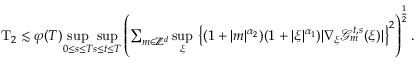
\begin{array} { r } { \mathrm { T } _ { 2 } \lesssim \varphi ( T ) \underset { 0 \leq s \leq T } { \operatorname* { s u p } } \underset { s \leq t \leq T } { \operatorname* { s u p } } \left( \sum _ { m \in \mathbb Z ^ { d } } \underset { \xi } { \operatorname* { s u p } } \, \left\lbrace ( 1 + \vert m \vert ^ { \alpha _ { 2 } } ) ( 1 + \vert \xi \vert ^ { \alpha _ { 1 } } ) \vert \nabla _ { \xi } \mathcal { G } _ { m } ^ { t , s } ( \xi ) \vert \right\rbrace ^ { 2 } \right) ^ { \frac { 1 } { 2 } } . } \end{array}